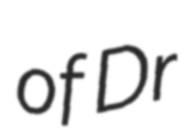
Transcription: of Dr